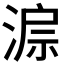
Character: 𣸔